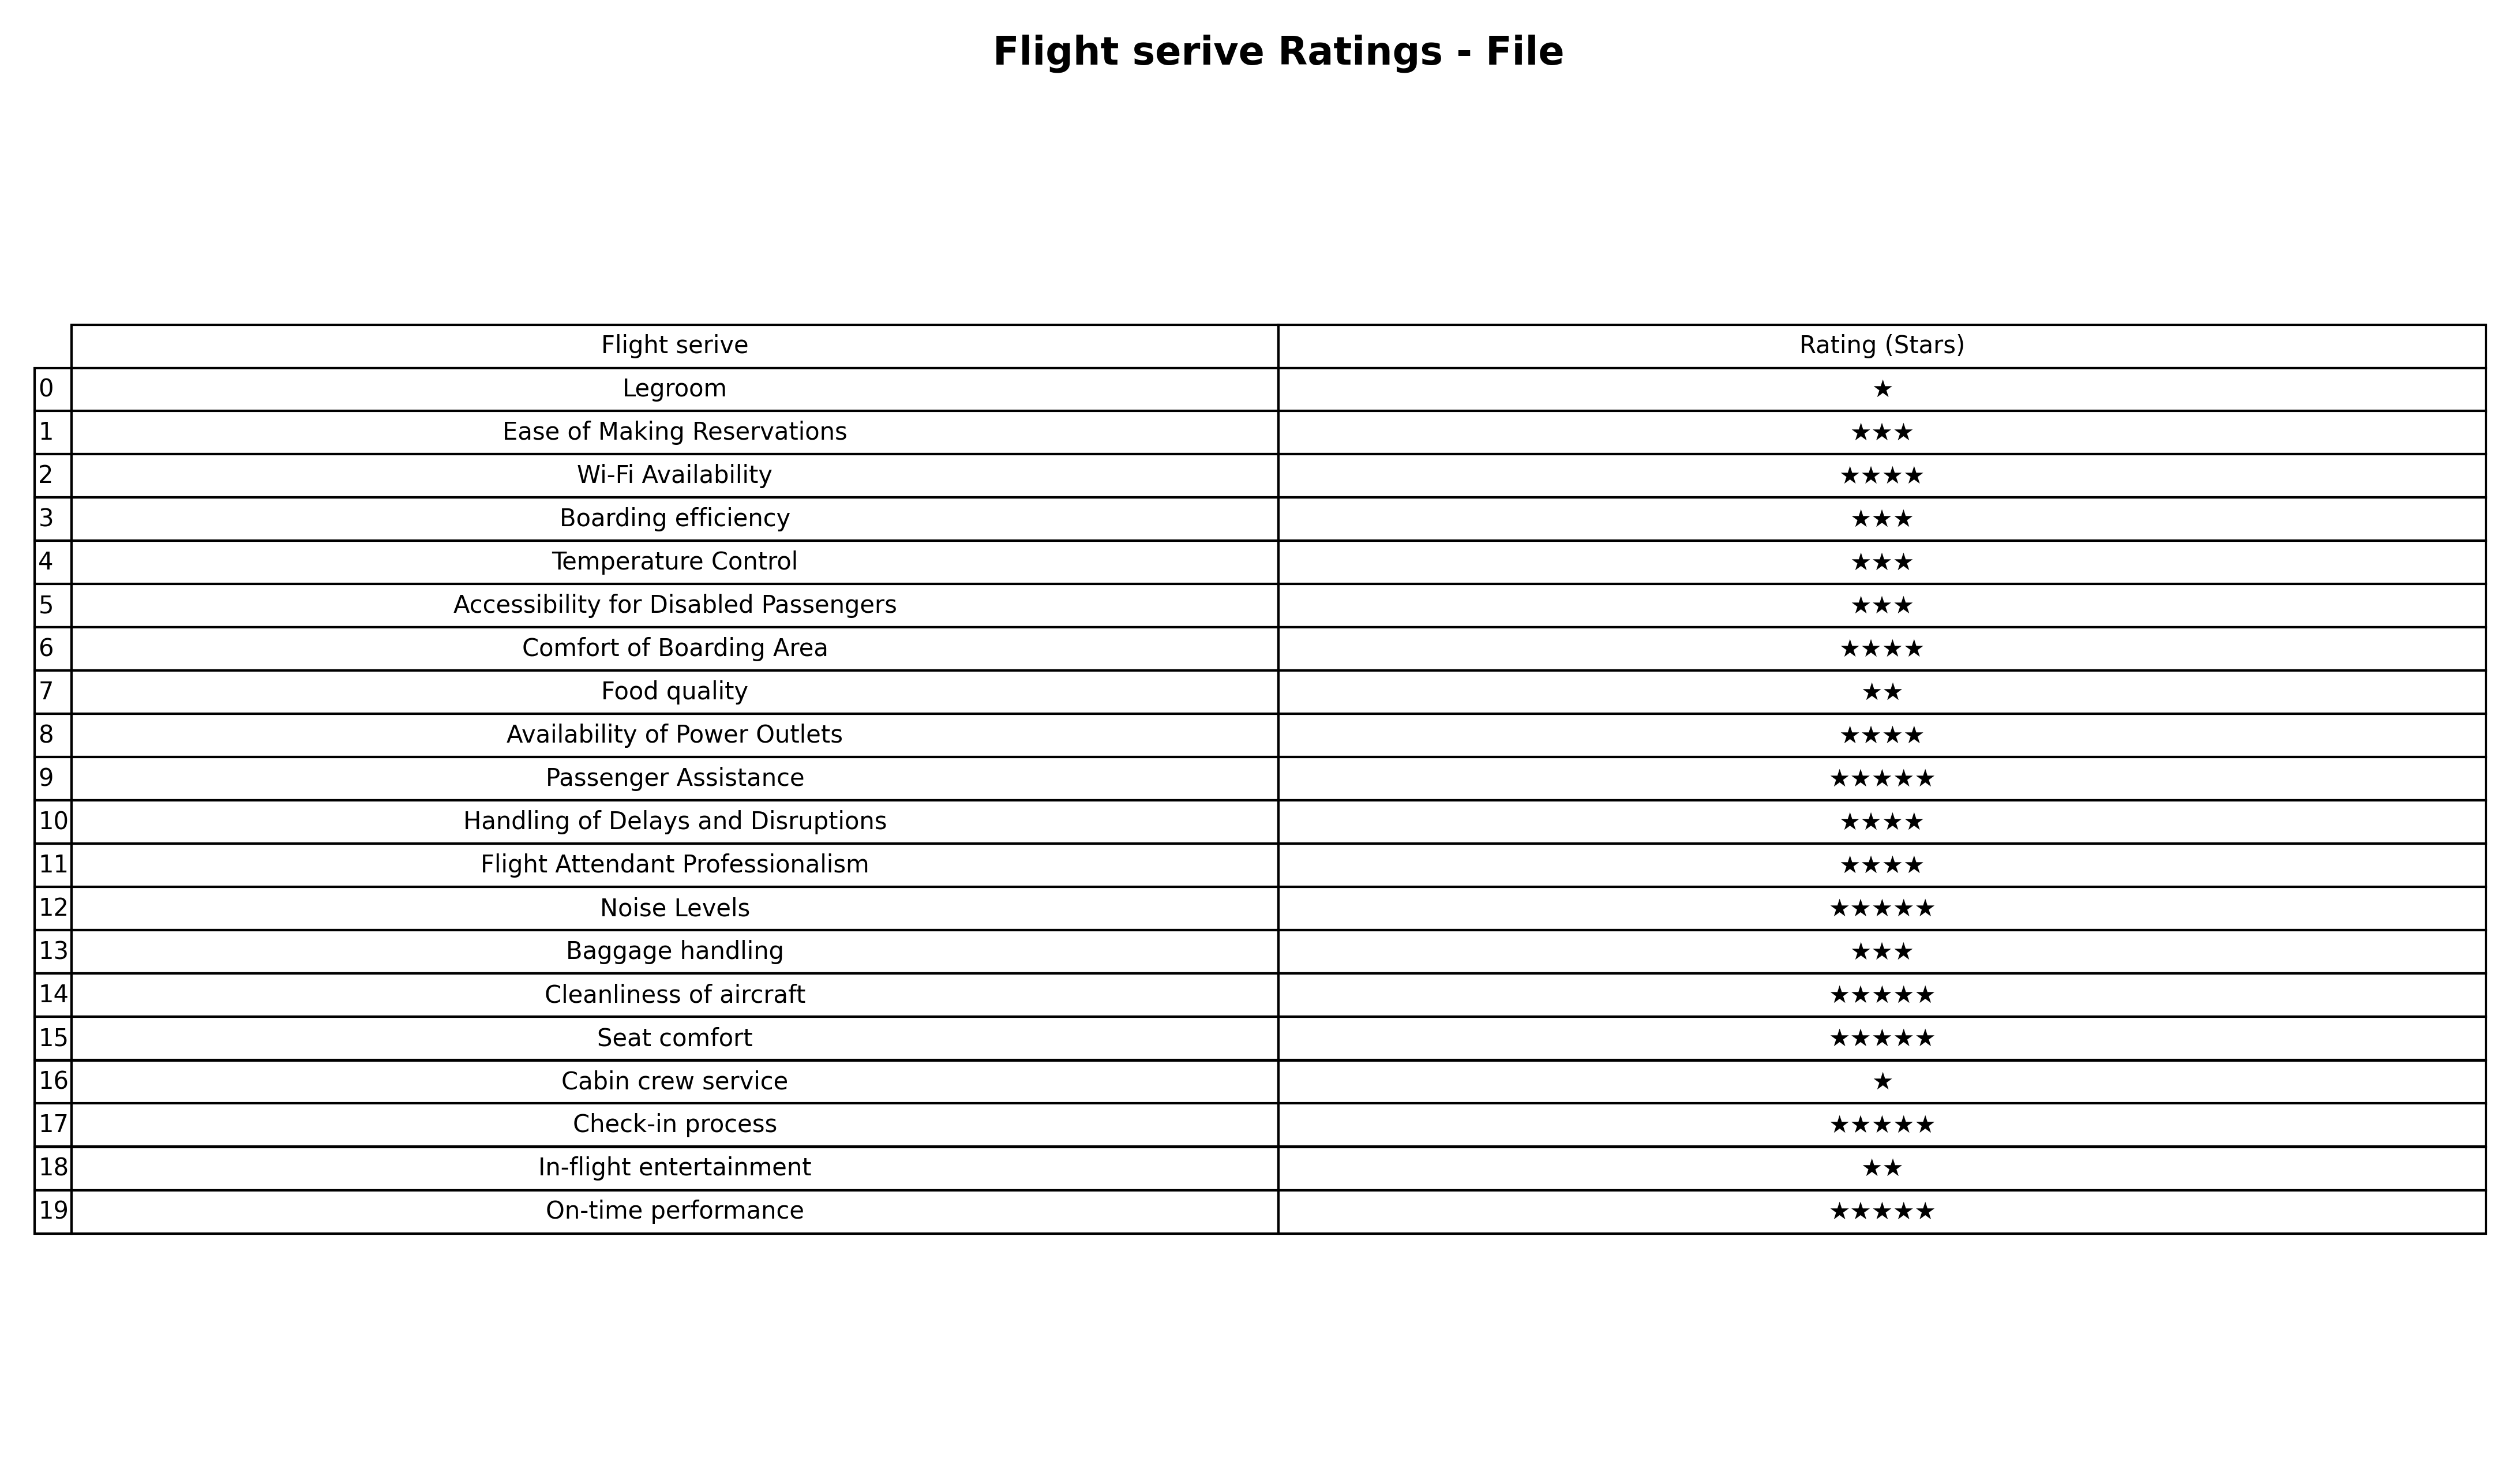
question: What is the rating of Boarding efficiency?
answer: ★★★